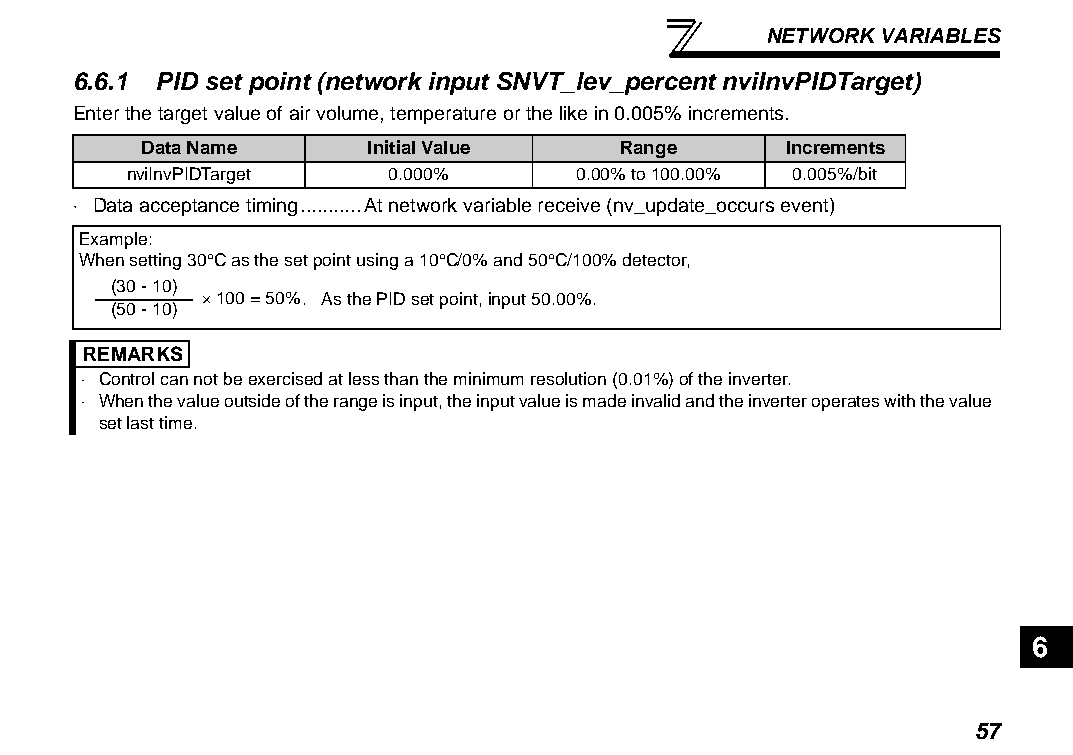
NETWORK VARIABLES
 6.6.1 PID set point (network input SNVT_lev_percent nviInvPIDTarget)
 Enter the target value of air volume, temperature or the like in 0.005% increments.
 Data Name      Initial Value    Range      Increments
 nviInvPIDTarget  0.000%       0.00% to 100.00% 0.005%/bit
 ⋅ Data acceptance timing...........At network variable receive (nv_update_occurs event)
 Example:
 When setting 30°C as the set point using a 10°C/0% and 50°C/100% detector,
 (30 - 10)
 × 100 = 50%. As the PID set point, input 50.00%.
 (50 - 10)
 REMARKS
 ⋅ Control can not be exercised at less than the minimum resolution (0.01%) of the inverter.
 ⋅ When the value outside of the range is input, the input value is made invalid and the inverter operates with the value
 set last time.
 6
 57